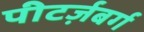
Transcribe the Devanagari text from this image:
पीटर्ज़बर्ग